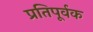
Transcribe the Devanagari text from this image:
प्रतिपूर्वक